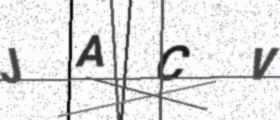
Text: JACV